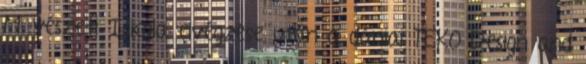
Művészeti Iskola elvégzése után a dániai TEKO Design and